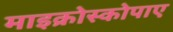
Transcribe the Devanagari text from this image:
माइक्रोस्कोपाए